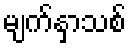
မျက်နှာသစ်